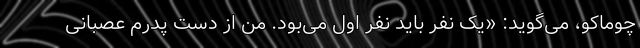
چوماکو، می‌گوید: «یک نفر باید نفر اول می‌بود. من از دستِ پدرم عصبانی